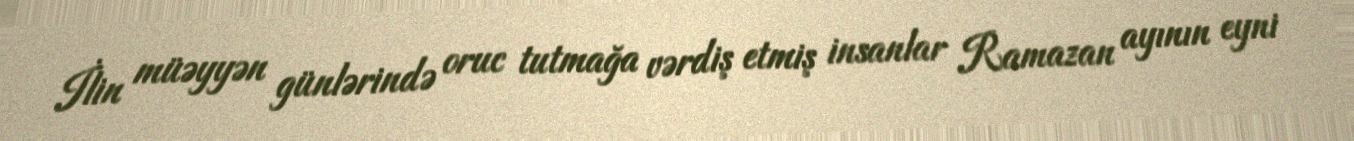
İlin müəyyən günlərində oruc tutmağa vərdiş etmiş insanlar Ramazan ayının eyni